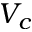
V _ { c }